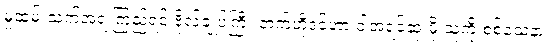
မှုထမ်းသက်အရ ကြည့်ရင် ဗိုလ်ချုပ်ကြီး ဘက်ဟိုဒင်ဟာ ဝါအရင့်ဆုံးမို့ သူ့ကို စစ်သေနာ